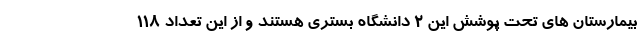
بیمارستان های تحت پوشش این ۲ دانشگاه بستری هستند و از این تعداد ١١۸